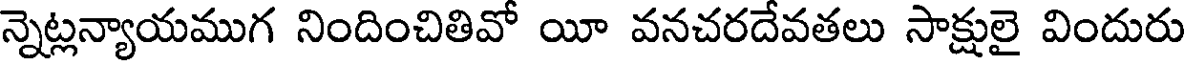
న్నెట్లన్యాయముగ నిందించితివో యీ వనచరదేవతలు సాక్షులై విందురు